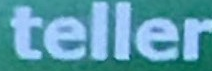
teller